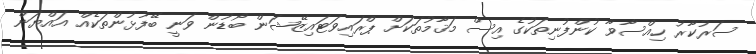
ސަރުކާރު ހިއްސާވާ ކުންފުނިތަކުގެ އިސް މަޤާމުތަކަށް ޕްރައިވަޓައިޒޭޝަން ބޯޑުން ވަނީ ބޭފުޅުންތަކެއް އައްޔަން